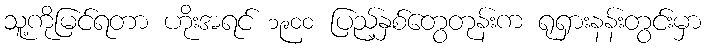
သူ့ကိုမြင်ရတာ ဟိုးအရင် ၁၉၀၀ ပြည့်နှစ်တွေတုန်းက ရုရှားနန်းတွင်းမှာ